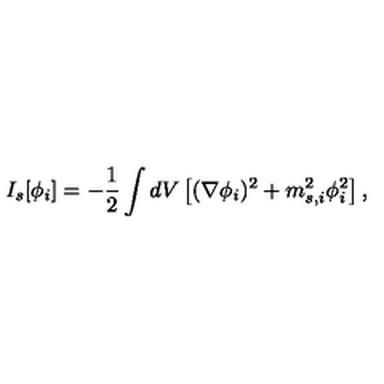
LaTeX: I _ { s } [ \phi _ { i } ] = - \frac 1 2 \int d V \left[ ( \nabla \phi _ { i } ) ^ { 2 } + m _ { s , i } ^ { 2 } \phi _ { i } ^ { 2 } \right] ,